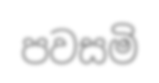
පවසමි